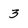
Character: 3